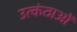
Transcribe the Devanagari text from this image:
उत्कंठाओं